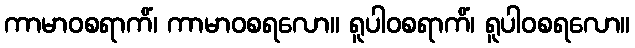
ကာမာဝစရာကိံ၊ ကာမာဝစရလော။ ရူပါဝစရာကိံ၊ ရူပါဝစရလော။